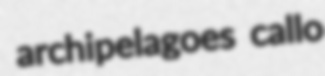
archipelagoes callo